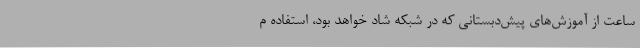
ساعت از آموزش‌های پیش‌دبستانی که در شبکه شاد خواهد بود، استفاده م